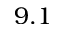
9 . 1